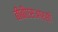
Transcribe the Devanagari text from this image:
बीबीएसआरसी